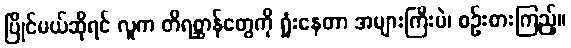
ပြိုင်မယ်ဆိုရင် လူက တိရစ္ဆာန်တွေကို ရှုံးနေတာ အများကြီးပဲ၊ စဉ်းစားကြည့်။